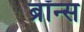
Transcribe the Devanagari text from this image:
ब्रॉन्‍स